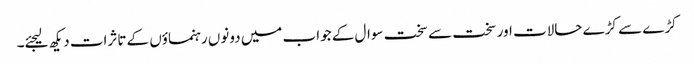
کڑے سے کڑے حالات اور سخت سے سخت سوال کے جواب میں دونوں رہنماؤں کے تاثرات دیکھ لیجئے۔